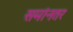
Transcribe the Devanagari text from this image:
समांनतर